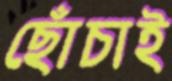
ছোঁচাই